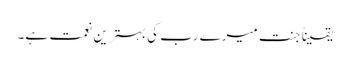
یقیناً جنت میرے رب کی بہترین نعمت ہے۔